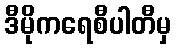
ဒီမိုကရေစီပါတီမှ